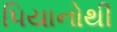
પિયાનોથી